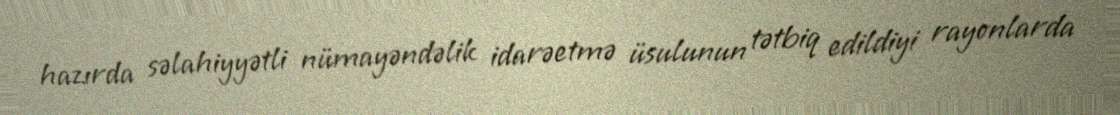
hazırda səlahiyyətli nümayəndəlik idarəetmə üsulunun tətbiq edildiyi rayonlarda